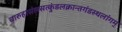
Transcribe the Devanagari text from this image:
चारुहासंलसत्कुंडलक्रान्तगंडस्थलांगम्‌